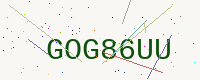
Text: GOG86UU